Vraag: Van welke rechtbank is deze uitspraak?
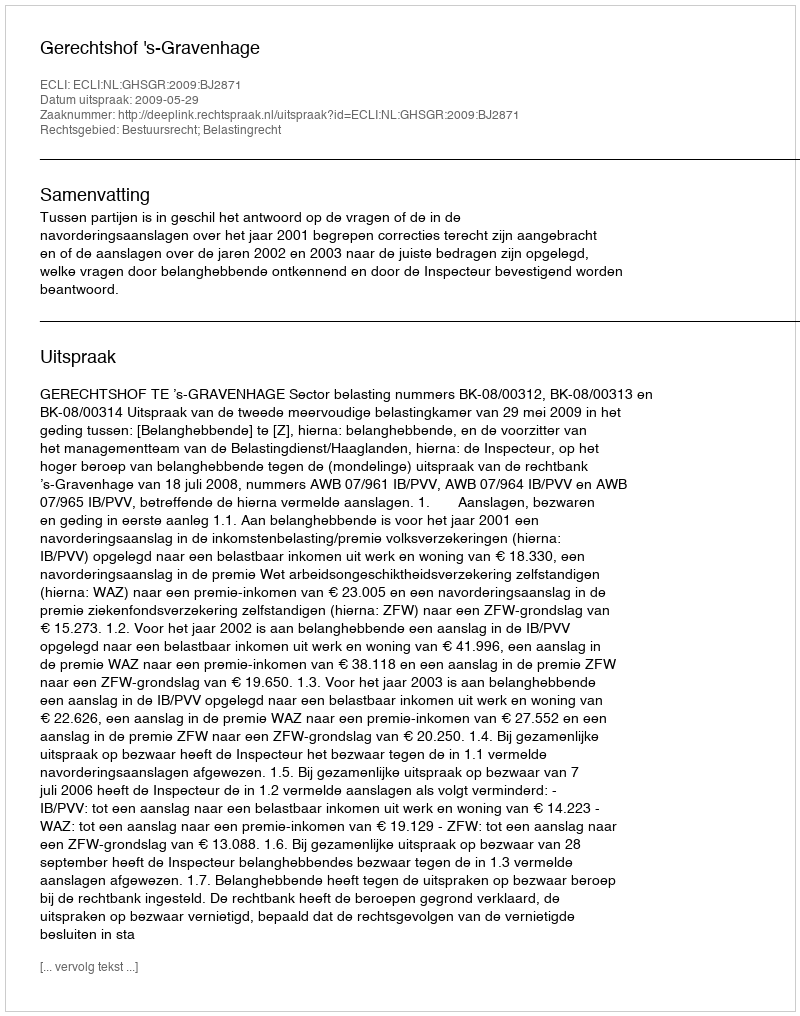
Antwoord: Gerechtshof 's-Gravenhage